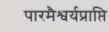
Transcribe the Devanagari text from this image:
पारमैश्वर्यप्राप्ति